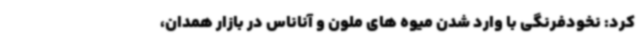
کرد: نخودفرنگی با وارد شدن میوه های ملون و آناناس در بازار همدان،